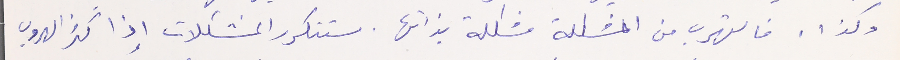
وكذا، فالتهرب من المشكلة مشكلة بذاتها. ستتكرر المشكلات إذا كثر الهروب